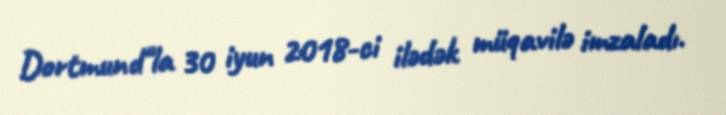
Dortmund"la 30 iyun 2018-ci ilədək müqavilə imzaladı.